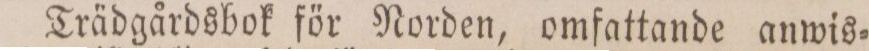
Trädgårdsbok för Norden, omfattande anwis=